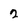
Character: 2